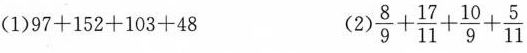
(1)$$9 7 + 1 5 2 + 1 0 3 + 4 8$$ (2)$$\frac { 8 } { 9 } + \frac { 1 7 } { 1 1 } + \frac { 1 0 } { 9 } + \frac { 5 } { 1 1 }$$